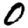
Digit: 0